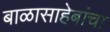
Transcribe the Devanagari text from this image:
बाळासाहेबांचा